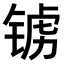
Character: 𫓺